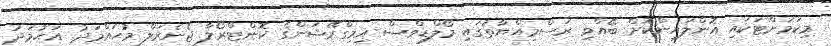
މިކަމަށްޓަކައި އޮންލައިންކޮށް ބޭއްވި ރަސްމިއްޔާތުގައި މޯލްޑިވްސް އިމިގްރޭޝަންގެ ކޮންޓްރޯލާ ޖެނެރަލް މުޙައްމަދު އަޙުމަދު